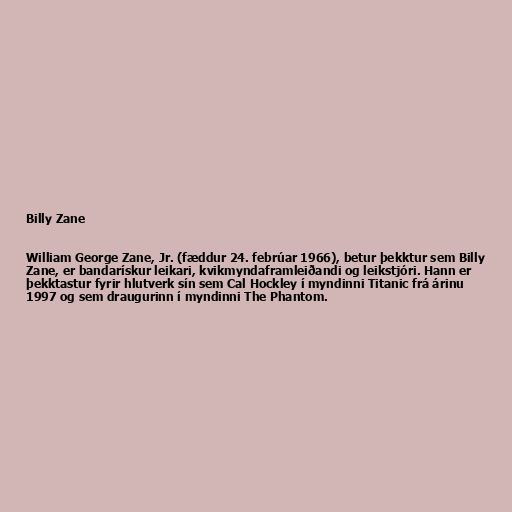
Billy Zane

William George Zane, Jr. (fæddur 24. febrúar 1966), betur þekktur sem Billy
Zane, er bandarískur leikari, kvikmyndaframleiðandi og leikstjóri. Hann er
þekktastur fyrir hlutverk sín sem Cal Hockley í myndinni Titanic frá árinu
1997 og sem draugurinn í myndinni The Phantom.